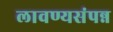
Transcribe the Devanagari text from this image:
लावण्यसंपन्न